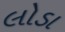
લોડા